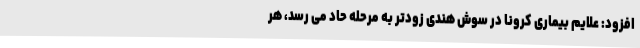
افزود: علایم بیماری کرونا در سوش هندی زودتر به مرحله حاد می رسد، هر